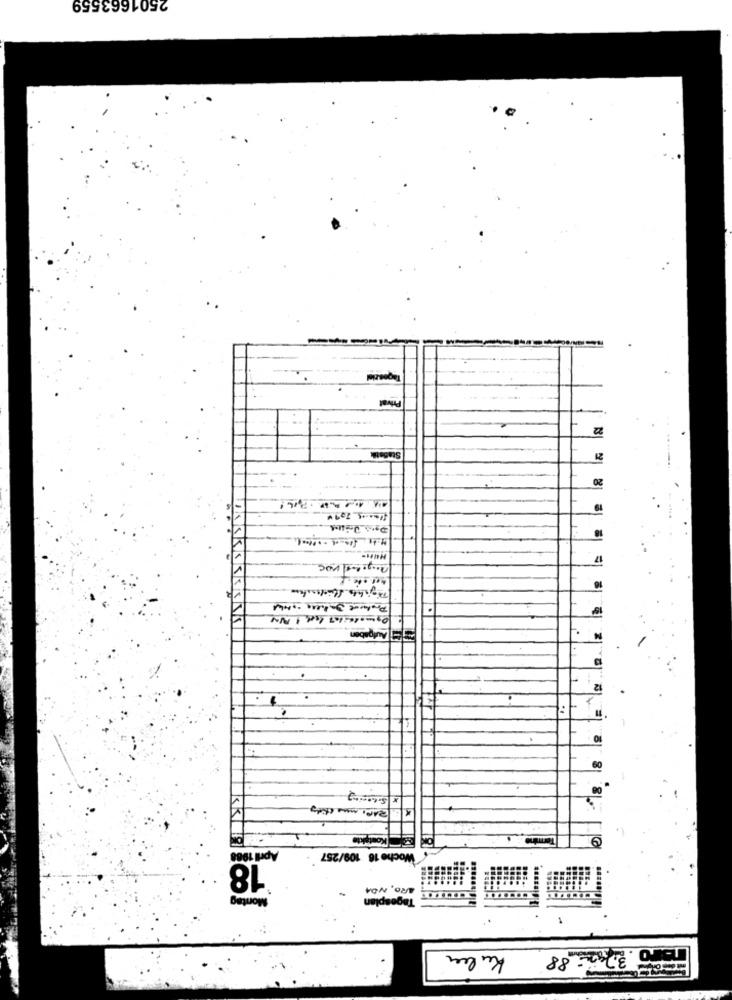
2501663559
Tagesziel
Privat
22
Stabetik
20
.
Termin
April 1988
Woche 16 109/257
18
ARO, NO4
Montag
Tagespl
......
nairo 37,25 88 Kuler